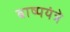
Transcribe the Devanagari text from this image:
बाष्पयंत्रे